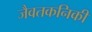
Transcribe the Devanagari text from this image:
जैवतकनिकी